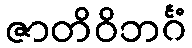
ဇာတိဝိဘင်္ဂံ